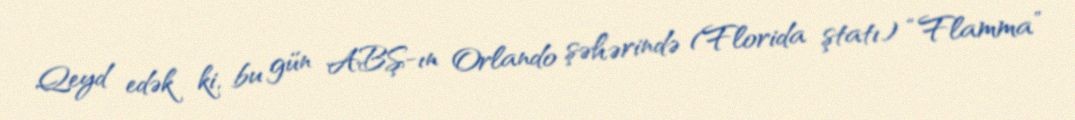
Qeyd edək ki, bu gün ABŞ-ın Orlando şəhərində (Florida ştatı) “Flamma”